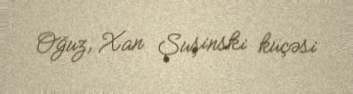
Oğuz, Xan Şuşinski küçəsi